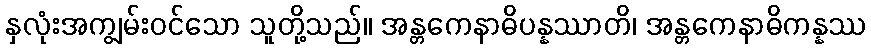
နှလုံးအကျွမ်းဝင်သော သူတို့သည်။ အန္တကေနာဓိပန္နဿာတိ၊ အန္တကေနာဓိကန္နဿ